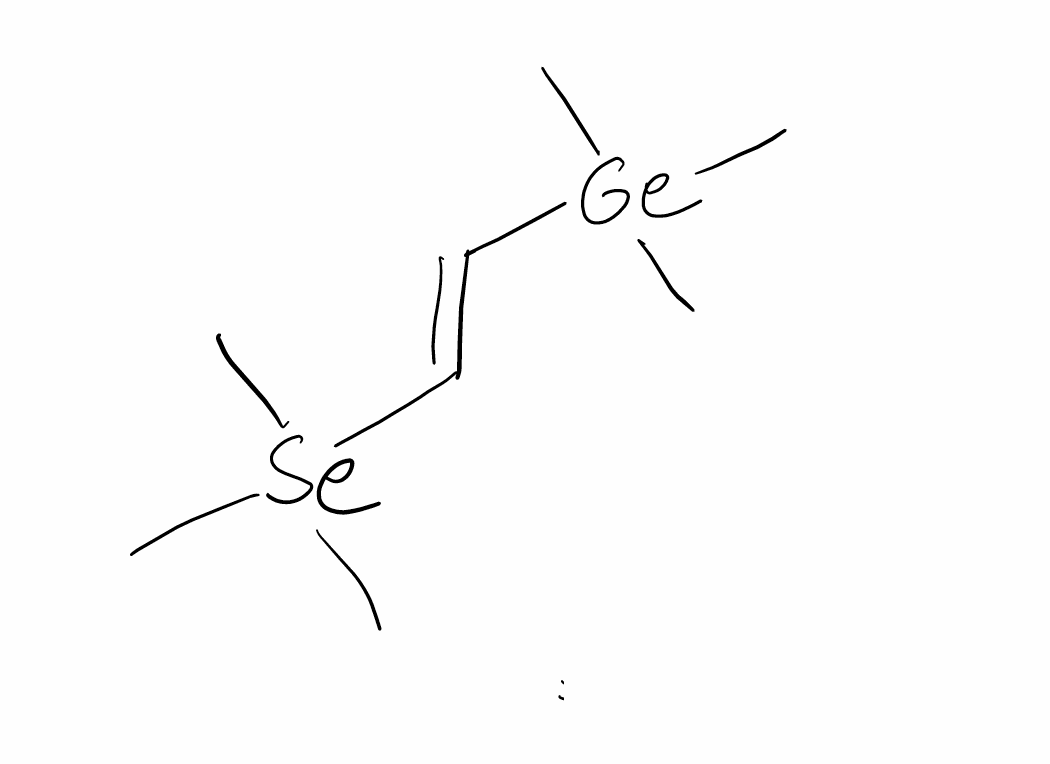
Simplified molecular-input line-entry system (SMILES) notation of the given molecule:
C[Si](C)(C)/C=C/[Ge](C)(C)C